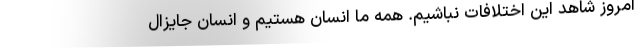
امروز شاهد این اختلافات نباشیم. همه ما انسان هستیم و انسان جایزال